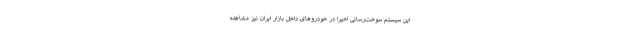
این سیستم سوخت‌رسانی اخیراً در خودروهای داخل بازار ایران نیز مشاهده